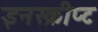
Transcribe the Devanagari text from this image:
इनस्क्रीप्ट